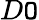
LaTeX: D\mathtt{O}